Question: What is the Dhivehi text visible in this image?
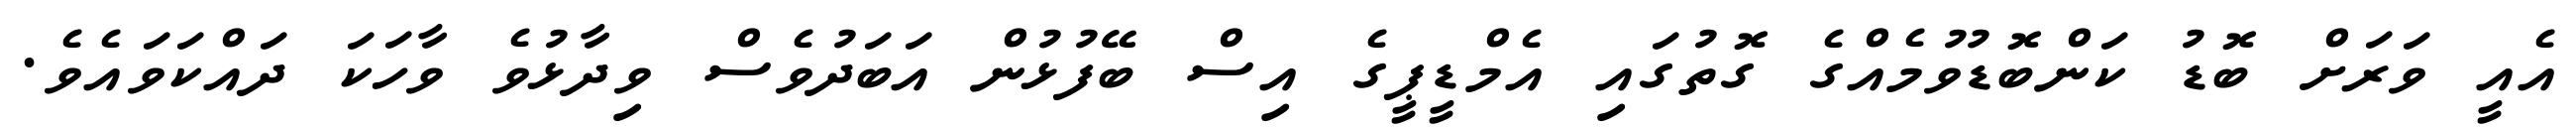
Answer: އެއީ ވަރަށް ބޮޑު ކަންބޮޑުވުމެއްގެ ގޮތުގައި އެމްޑީޕީގެ އިސް ބޭފުޅުން އަބަދުވެސް ވިދާޅުވެ ވާހަކަ ދައްކަވައެވެ.